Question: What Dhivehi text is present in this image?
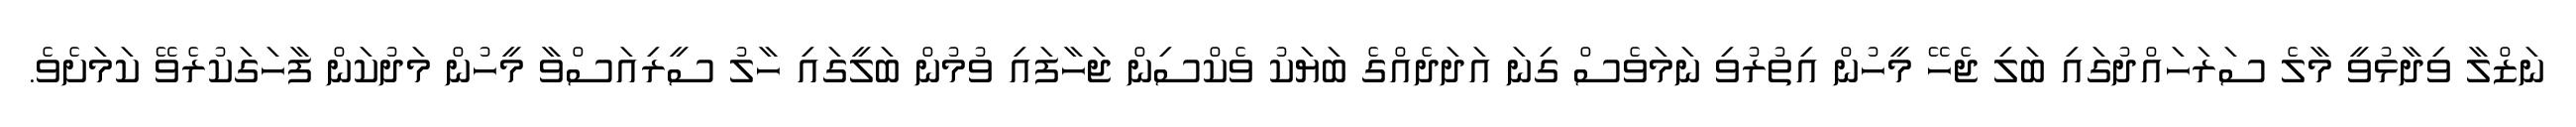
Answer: ނަޒްލާ ވިދާޅުވީ މާލެ ސަރަހައްދުގައި ބަލި ޖެހޭ މީހުން އިތުރުވި ނަމަވެސް ގިނަ އަދަދެއްގެ ބަޔަކު ވެކްސިން ޖަހާފައި ވުމުން ބަލީގައި ހާލު ސީރިއަސްވާ މީހުން މަދުކަން ފާހަގަކުރެވޭ ކަމަށެވެ.